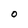
Character: O